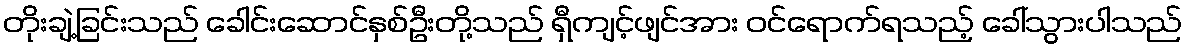
တိုးချဲ့ခြင်းသည် ခေါင်းဆောင်နှစ်ဦးတို့သည် ရှီကျင့်ဖျင်အား ဝင်ရောက်ရသည့် ခေါ်သွားပါသည်